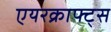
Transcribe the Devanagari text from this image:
एयरक्राफ्ट्स